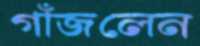
গাঁজলেন